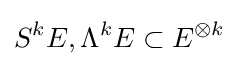
S^{k}E,\Lambda ^{k}E\subset E^{\otimes k}